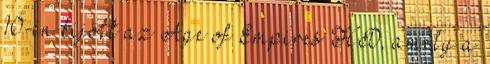
10-én kijött az Age of Empires HD, amely a